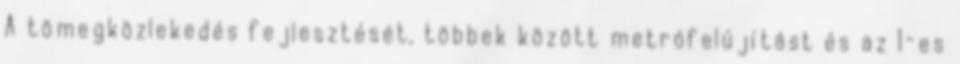
A tömegközlekedés fejlesztését, többek között metrófelújítást és az 1-es